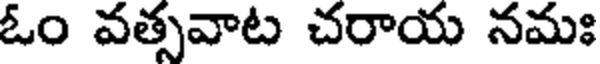
ఓం వత్సవాట చరాయ నమః